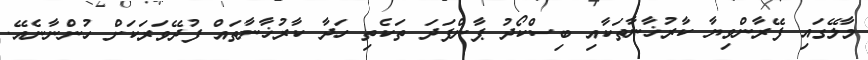
މާލޭގައި ފޭރާންވިޔާ ކާރުޚާނާތަކާއި ބިސްކޯދު ޕާންފަދަ ތަކެތި ހަދާ ކާރުޚާނާތައް ފުދޭވަރަކަށް ހުންނާނެއޭ.